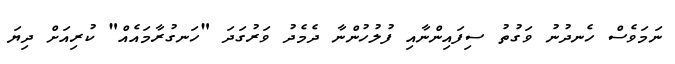
ނަމަވެސް ހެނދުނު ވަގުތު ސިފައިންނާއި ފުލުހުންނާ ދެމެދު ވަރުގަދަ "ހަނގުރާމައެއް" ކުރިއަށް ދިޔަ